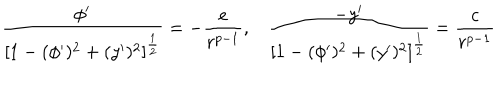
LaTeX: \frac { \phi ^ { \prime } } { \left[ 1 - ( \phi ^ { \prime } ) ^ { 2 } + ( y ^ { \prime } ) ^ { 2 } \right] ^ { \frac { 1 } { 2 } } } = - \frac { e } { r ^ { p - 1 } } , \frac { - y ^ { \prime } } { \left[ 1 - ( \phi ^ { \prime } ) ^ { 2 } + ( y ^ { \prime } ) ^ { 2 } \right] ^ { \frac { 1 } { 2 } } } = \frac { c } { r ^ { p - 1 } }